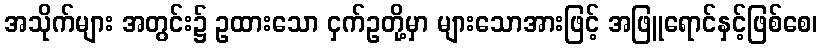
အသိုက်များ အတွင်း၌ ဥထားသော ငှက်ဥတို့မှာ များသောအားဖြင့် အဖြူရောင်နှင့်ဖြစ်စေ၊